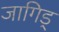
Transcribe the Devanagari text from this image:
जागिड्